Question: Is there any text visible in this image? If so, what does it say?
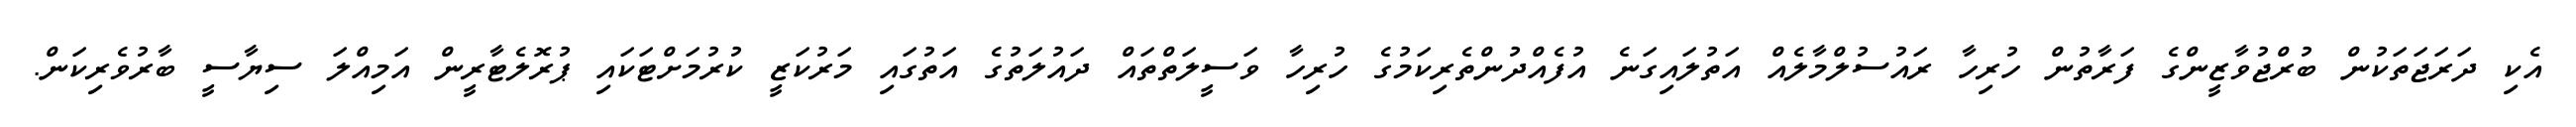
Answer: އެކި ދަރަޖަތަކުން ބުރްޖުވާޒީންގެ ފަރާތުން ހުރިހާ ރައުސުލްމާލެއް އަތުލައިގަނެ އުފެއްދުންތެރިކަމުގެ ހުރިހާ ވަސީލަތްތައް ދައުލަތުގެ އަތުގައި މަރުކަޒީ ކުރުމަށްޓަކައި ޕުރޮލެޓާރީން އަމިއްލަ ސިޔާސީ ބާރުވެރިކަން.